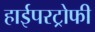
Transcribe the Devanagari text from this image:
हाईपरट्रोफी